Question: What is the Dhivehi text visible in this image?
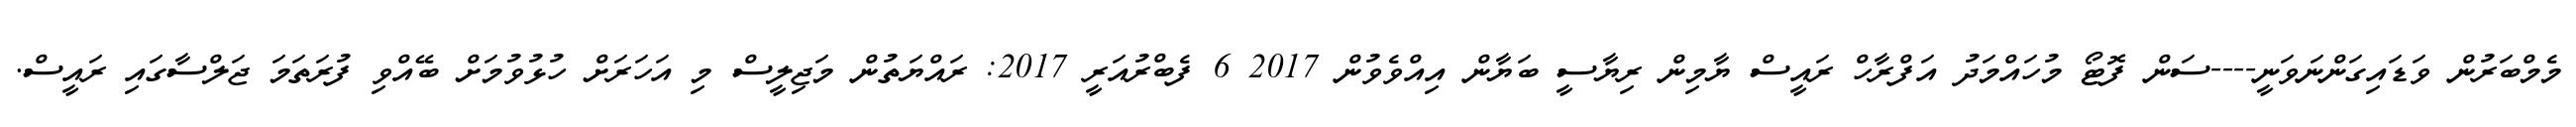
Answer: މެމްބަރުން ވަޑައިގަންނަވަނީ----ސަން ފޮޓޯ މުހައްމަދު އަފްރާހް ރައީސް ޔާމިން ރިޔާސީ ބަޔާން އިއްވެވުން 2017 6 ފެބްރުއަރީ 2017: ރައްޔަތުން މަޖިލީސް މި އަހަރަށް ހުޅުވުމަށް ބޭއްވި ފުރަތަމަ ޖަލްސާގައި ރައީސް.